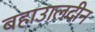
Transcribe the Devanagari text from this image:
बहाउालदीन